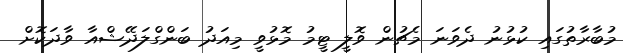
މުބާރާތުގައި ކުޅުނު ދެވަނަ މެޗުން ވޮލީ ޓީމު މޮޅުވީ މިއަދު ބަންގްލަދޭޝްއާ ވާދަކޮށް